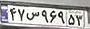
۴۷س۹۶۹۵۳